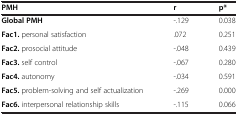
<table><thead><tr><td><b>PMH</b></td><td><b>r</b></td><td><b>p*</b></td></tr></thead><tbody><tr><td><b>Global PMH</b></td><td>-.129</td><td>0.038</td></tr><tr><td><b>Fac1.</b> personal satisfaction</td><td>.072</td><td>0.251</td></tr><tr><td><b>Fac2.</b> prosocial attitude</td><td>-.048</td><td>0.439</td></tr><tr><td><b>Fac3.</b> self control</td><td>-.067</td><td>0.280</td></tr><tr><td><b>Fac4.</b> autonomy</td><td>-.034</td><td>0.591</td></tr><tr><td><b>Fac5.</b> problem-solving and self actualization</td><td>-.269</td><td>0.000</td></tr><tr><td><b>Fac6.</b> interpersonal relationship skills</td><td>-.115</td><td>0.066</td></tr></tbody></table>